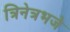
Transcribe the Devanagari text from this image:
त्रिनेत्रभजे